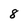
Character: 8